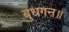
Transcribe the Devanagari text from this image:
बुधगन॥